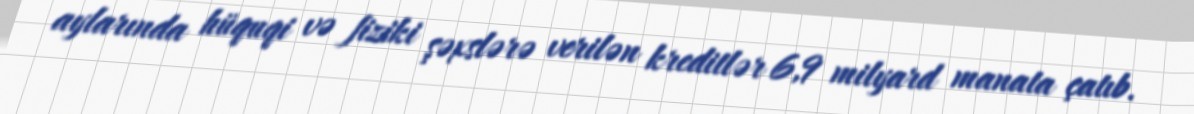
aylarında hüquqi və fiziki şəxslərə verilən kreditlər 6,9 milyard manata çatıb.